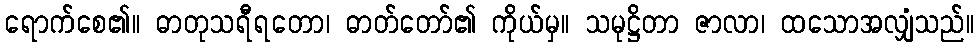
ရောက်စေ၏။ ဓာတုသရီရတော၊ ဓာတ်တော်၏ ကိုယ်မှ။ သမုဋ္ဌိတာ ဇာလာ၊ ထသောအလျှံသည်။